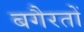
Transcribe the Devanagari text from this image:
बगैरतों